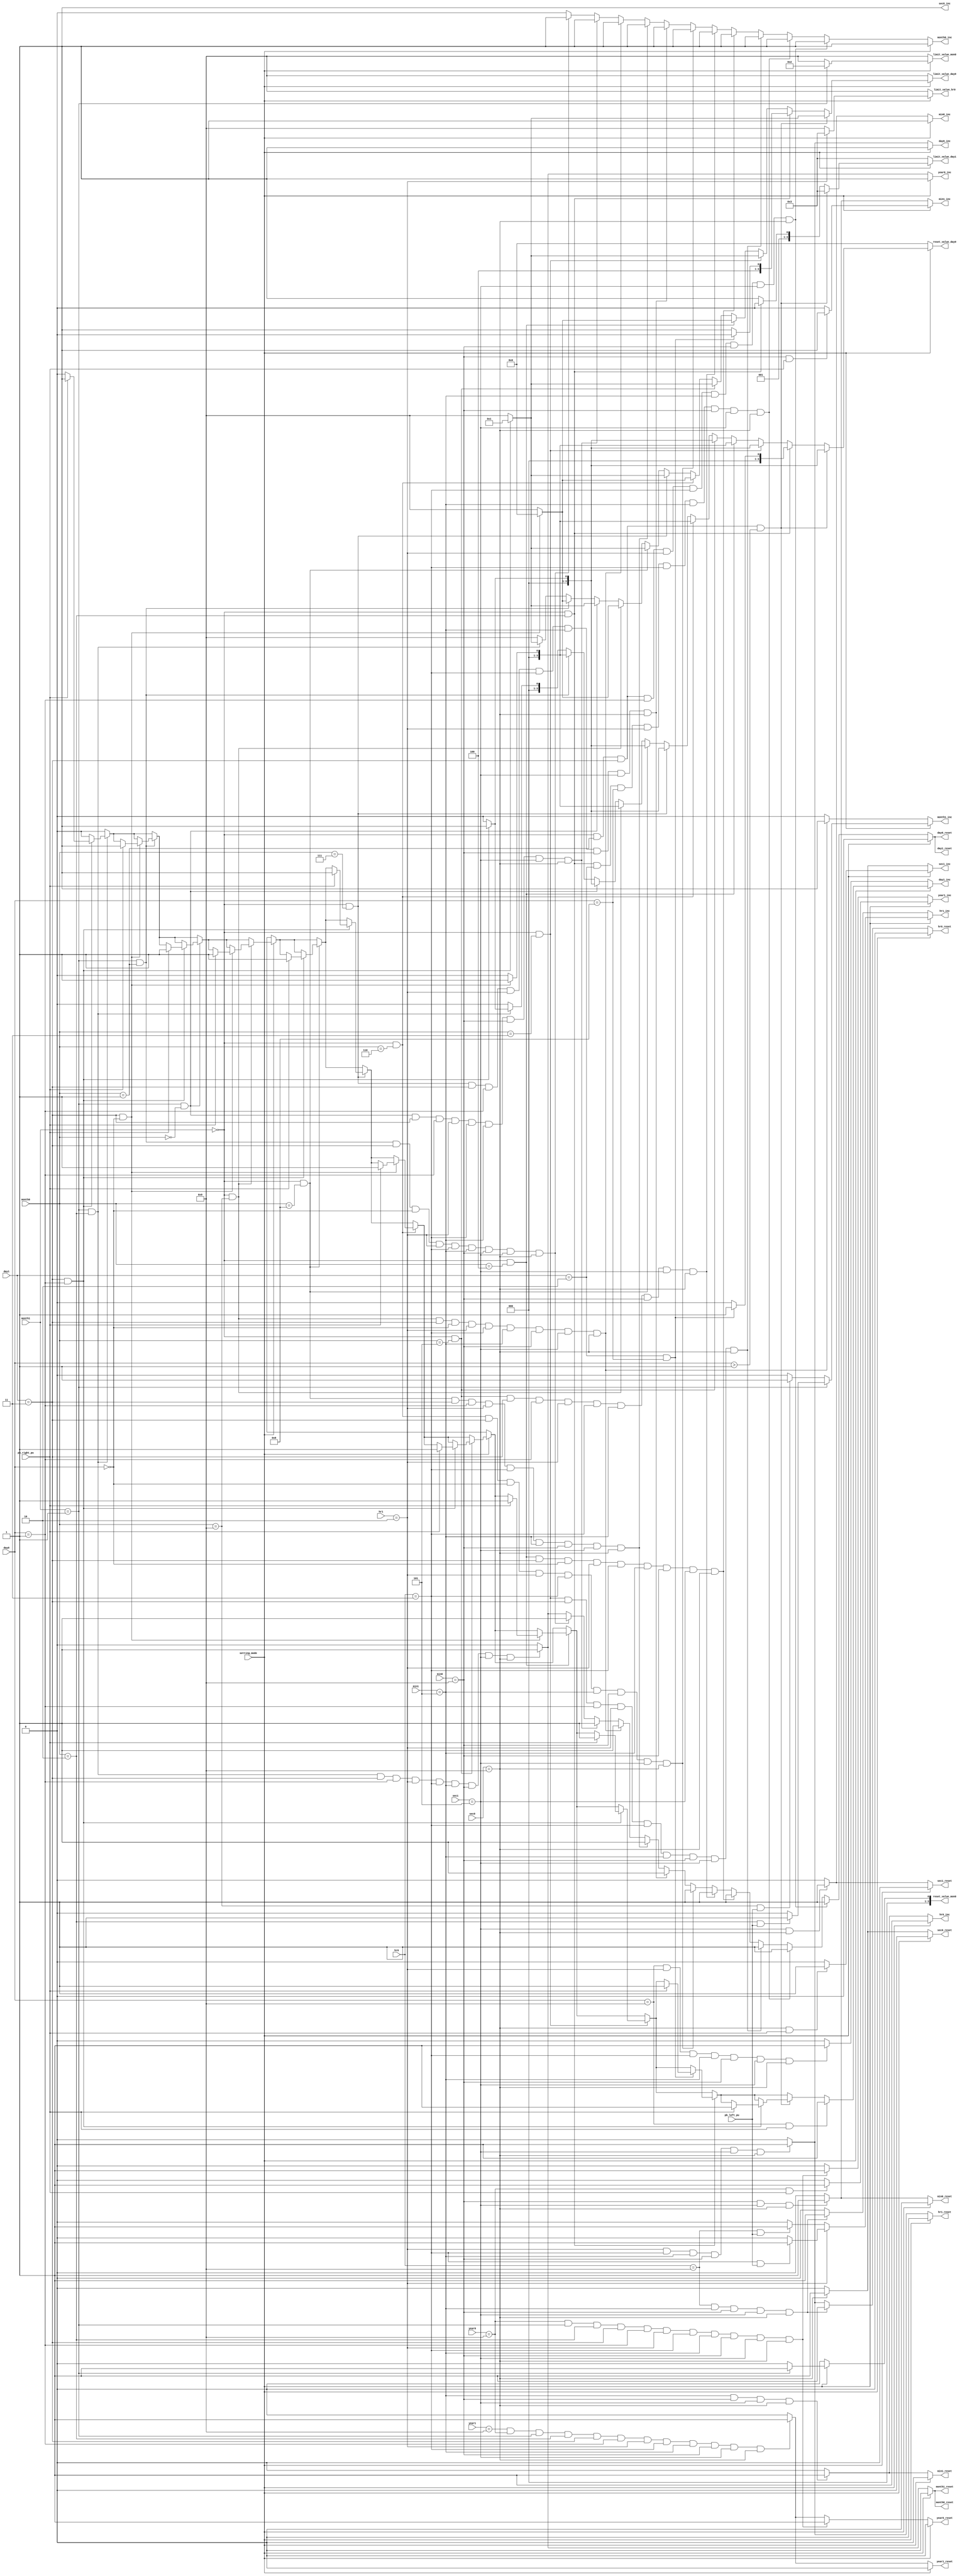
module top_detector_for_electronic_clock(
    input setting_mode,
    input pb_left_pu,
    input pb_right_pu,
    input [3:0] year1,
    input [3:0] year0,
    input [3:0] month1,
    input [3:0] month0,
    input [3:0] day1,
    input [3:0] day0,
    input [3:0] hr1,
    input [3:0] hr0,
    input [3:0] min1,
    input [3:0] min0,
    input [3:0] sec1,
    input [3:0] sec0,
    output reg year1_inc,
    output reg year0_inc,
    output reg month1_inc,
    output reg month0_inc,
    output reg day1_inc,
    output reg day0_inc,
    output reg hr1_inc,
    output reg hr0_inc,
    output reg min1_inc,
    output reg min0_inc,
    output reg sec1_inc,
    output reg sec0_inc,
    output reg year1_reset,
    output reg year0_reset,
    output reg month1_reset,
    output reg month0_reset,
    output reg day1_reset,
    output reg day0_reset,
    output reg hr1_reset,
    output reg hr0_reset,
    output reg min1_reset,
    output reg min0_reset,    
    output reg sec1_reset,
    output reg sec0_reset,
    output reg [3:0] limit_value_hr0, 
    output reg [3:0] limit_value_day0,
    output reg [3:0] reset_value_mon0, 
    output reg [3:0] reset_value_day0, 
    output reg [3:0] limit_value_day1, 
    output reg [3:0] limit_value_mon0 
    );
    
    always @* begin
        if (setting_mode == 1'b0) begin
            year1_inc = 1'b0;
            year0_inc = 1'b0;
            month1_inc = 1'b0;
            month0_inc = 1'b0;
            day1_inc = 1'b0;
            day0_inc = 1'b0;
            hr1_inc = 1'b0;
            hr0_inc = 1'b0;
            min1_inc = 1'b0;
            min0_inc = 1'b0;
            sec1_inc = 1'b0;
            sec0_inc = 1'b0;
            year1_reset = 1'b0;
            year0_reset = 1'b0;
            month1_reset = 1'b0;
            month0_reset = 1'b0;
            day1_reset = 1'b0;
            day0_reset = 1'b0;
            hr1_reset = 1'b0;
            hr0_reset = 1'b0;
            min1_reset = 1'b0;
            min0_reset = 1'b0;
            sec1_reset = 1'b0;
            sec0_reset = 1'b0;
            limit_value_hr0 = 4'd9;
            limit_value_day0 = 4'd9;
            reset_value_mon0 = 4'd0;
            reset_value_day0 = 4'd0;
            limit_value_day1 = 4'd3;
            limit_value_mon0 = 4'd9;
            
            if (year1 == 4'd9 && year0 == 4'd9 && month1 == 4'd1 && month0 == 4'd2 && day1== 4'd3 && day0 == 4'd1 && hr1 == 4'd2 && hr0 == 4'd3 && min1 == 4'd5 && min0 == 4'd9 && sec1 == 4'd5 && sec0 == 4'd9) begin
                year0_reset = 1'b1;
                year1_reset = 1'b1;
            end
            if (year0 == 4'd9 && month1 == 4'd1 && month0 == 4'd2 && day1== 4'd3 && day0 == 4'd1 && hr1 == 4'd2 && hr0 == 4'd3 && min1 == 4'd5 && min0 == 4'd9 && sec1 == 4'd5 && sec0 == 4'd9) begin
                year1_inc = 1'b1;
                year0_reset = 1'b1;
            end
            if (month1 == 4'd1 && month0 == 4'd2 && day1== 4'd3 && day0 == 4'd1 && hr1 == 4'd2 && hr0 == 4'd3 && min1 == 4'd5 && min0 == 4'd9 && sec1 == 4'd5 && sec0 == 4'd9) begin 
                year0_inc = 1'b1;   
                month0_reset = 1'b1; // reset to 1
                month1_reset = 1'b1;
                day1_reset  = 1'b1;
                day0_reset  = 1'b1;
            end 
            if (month1 == 4'd1 && month0 == 4'd1 && day1== 4'd3 && day0 == 4'd0 && hr1 == 4'd2 && hr0 == 4'd3 && min1 == 4'd5 && min0 == 4'd9 && sec1 == 4'd5 && sec0 == 4'd9) begin
                month0_inc = 1'b1;
                day1_reset  = 1'b1;
                day0_reset  = 1'b1;
            end
            if (month1 == 4'd1 && month0 == 4'd0 && day1== 4'd3 && day0 == 4'd1 && hr1 == 4'd2 && hr0 == 4'd3 && min1 == 4'd5 && min0 == 4'd9 && sec1 == 4'd5 && sec0 == 4'd9) begin
                month0_inc = 1'b1;
                day1_reset  = 1'b1;
                day0_reset  = 1'b1;
            end
            if (month1 == 4'd0 && month0 == 4'd9 && day1== 4'd3 && day0 == 4'd0 && hr1 == 4'd2 && hr0 == 4'd3 && min1 == 4'd5 && min0 == 4'd9 && sec1 == 4'd5 && sec0 == 4'd9) begin
                month0_inc = 1'b1;// inc to 0
                month1_inc = 1'b1;
                day1_reset  = 1'b1;
                day0_reset  = 1'b1;
            end
            if (month1 == 4'd0 && month0 == 4'd8 && day1== 4'd3 && day0 == 4'd1 && hr1 == 4'd2 && hr0 == 4'd3 && min1 == 4'd5 && min0 == 4'd9 && sec1 == 4'd5 && sec0 == 4'd9) begin
                month0_inc = 1'b1;
                day1_reset  = 1'b1;
                day0_reset  = 1'b1;
            end
            if (month1 == 4'd0 && month0 == 4'd7 && day1== 4'd3 && day0 == 4'd1 && hr1 == 4'd2 && hr0 == 4'd3 && min1 == 4'd5 && min0 == 4'd9 && sec1 == 4'd5 && sec0 == 4'd9) begin
                month0_inc = 1'b1;
                day1_reset  = 1'b1;
                day0_reset  = 1'b1;
            end
            if (month1 == 4'd0 && month0 == 4'd6 && day1== 4'd3 && day0 == 4'd0 && hr1 == 4'd2 && hr0 == 4'd3 && min1 == 4'd5 && min0 == 4'd9 && sec1 == 4'd5 && sec0 == 4'd9) begin
                month0_inc = 1'b1;
                day1_reset  = 1'b1;
                day0_reset  = 1'b1;
            end
            if (month1 == 4'd0 && month0 == 4'd5 && day1== 4'd3 && day0 == 4'd1 && hr1 == 4'd2 && hr0 == 4'd3 && min1 == 4'd5 && min0 == 4'd9 && sec1 == 4'd5 && sec0 == 4'd9) begin
                month0_inc = 1'b1;
                day1_reset  = 1'b1;
                day0_reset  = 1'b1;
            end
            if (month1 == 4'd0 && month0 == 4'd4 && day1== 4'd3 && day0 == 4'd0 && hr1 == 4'd2 && hr0 == 4'd3 && min1 == 4'd5 && min0 == 4'd9 && sec1 == 4'd5 && sec0 == 4'd9) begin
                month0_inc = 1'b1;
                day1_reset  = 1'b1;
                day0_reset  = 1'b1;
            end
            if (month1 == 4'd0 && month0 == 4'd3 && day1== 4'd3 && day0 == 4'd1 && hr1 == 4'd2 && hr0 == 4'd3 && min1 == 4'd5 && min0 == 4'd9 && sec1 == 4'd5 && sec0 == 4'd9) begin
                month0_inc = 1'b1;
                day1_reset  = 1'b1;
                day0_reset  = 1'b1;
            end
            if (month1 == 4'd0 && month0 == 4'd2 && day1== 4'd2 && day0 == 4'd8 && hr1 == 4'd2 && hr0 == 4'd3 && min1 == 4'd5 && min0 == 4'd9 && sec1 == 4'd5 && sec0 == 4'd9) begin
                month0_inc = 1'b1;
                day1_reset  = 1'b1;
                day0_reset  = 1'b1;
            end
            if (month1 == 4'd0 && month0 == 4'd1 && day1== 4'd3 && day0 == 4'd1 && hr1 == 4'd2 && hr0 == 4'd3 && min1 == 4'd5 && min0 == 4'd9 && sec1 == 4'd5 && sec0 == 4'd9) begin
                month0_inc = 1'b1;
                day1_reset  = 1'b1;
                day0_reset  = 1'b1;
            end
            if (day0 == 4'd9 && hr1 == 4'd2 && hr0 == 4'd3 && min1 == 4'd5 && min0 == 4'd9 && sec1 == 4'd5 && sec0 == 4'd9) begin   
                day1_inc = 1'b1;
            end 
            if (hr1 == 4'd2 && hr0 == 4'd3 && min1 == 4'd5 && min0 == 4'd9 && sec1 == 4'd5 && sec0 == 4'd9) begin 
                day0_inc = 1'b1;
                hr1_reset = 1'b1;
                hr0_reset = 1'b1;
            end
            if (hr0 == 4'd9 && min1 == 4'd5 && min0 == 4'd9 && sec1 == 4'd5 && sec0 == 4'd9) begin 
                hr1_inc = 1'b1;
                hr0_reset = 1'b1;
            end 
            if (min1 == 4'd5 && min0 == 4'd9 && sec1 == 4'd5 && sec0 == 4'd9) begin
                hr0_inc = 1'b1;
                min1_reset = 1'b1;
            end
            if (min0 == 4'd9 && sec1 == 4'd5 && sec0 == 4'd9) begin 
                min1_inc = 1'b1;
                min0_reset = 1'b1;
            end
            if (sec1 == 4'd5 && sec0 == 4'd9) begin 
                min0_inc = 1'b1;
                sec1_reset = 1'b1;
            end 
            if (sec0 == 4'd9) begin 
                sec1_inc = 1'b1;
                sec0_reset = 1'b1;
            end
            sec0_inc = 1'b1;
        end    
        else begin
            year1_inc = 1'b0;
            year0_inc = 1'b1;
            month1_inc = 1'b0;
            month0_inc = 1'b1;
            day1_inc = 1'b0;
            day0_inc = 1'b1;
            hr1_inc = 1'b0;
            hr0_inc = 1'b1;
            min1_inc = 1'b0;
            min0_inc = 1'b1;
            sec1_inc = 1'b0;
            sec0_inc = 1'b1;
            year1_reset = 1'b0;
            year0_reset = 1'b0;
            month1_reset = 1'b0;
            month0_reset = 1'b0;
            day1_reset = 1'b0;
            day0_reset = 1'b0;
            hr1_reset = 1'b0;
            hr0_reset = 1'b0;
            min1_reset = 1'b0;
            min0_reset = 1'b0;
            sec1_reset = 1'b0;
            sec0_reset = 1'b0;
            limit_value_hr0 = 4'd9;
            limit_value_day0 = 4'd9;
            reset_value_mon0 = 4'd0;
            reset_value_day0 = 4'd0;
            limit_value_day1 = 4'd3;
            limit_value_mon0 = 4'd9;
            ////
            if (year0 == 4'd9 && pb_right_pu) begin
                year1_inc = 1'b1;
            end
            ////
            if (month1 == 4'd1) begin
                limit_value_mon0 = 4'd2;
                if (month0 == 4'd2 && pb_left_pu) month1_inc = 1'b1;
                reset_value_mon0 = 4'd1;
            end
            else begin
                limit_value_mon0 = 4'd9;    
                if (month0 == 4'd9 && pb_left_pu) month1_inc = 1'b1;
                reset_value_mon0 = 4'd0;
            end
            ////
            if (month1 == 4'd1 && month0 == 4'd2) begin 
                limit_value_day1 = 4'd3;
                if (day1 == 4'd3 && day0 == 4'd1) begin
                    limit_value_day0 = 4'd1;
                    reset_value_day0 = 4'd1;
                    if (pb_right_pu) day1_inc = 1'b1;
                end 
                else begin
                    limit_value_day0 = 4'd9;
                    reset_value_day0 = 4'd0;
                end
            end 
            if (month1 == 4'd1 && month0 == 4'd1) begin
                limit_value_day1 = 4'd3;
                if (day1 == 4'd3 && day0 == 4'd0) begin
                    limit_value_day0 = 4'd0;
                    reset_value_day0 = 4'd1;
                    if (pb_right_pu) day1_inc = 1'b1;
                end 
                else begin
                    limit_value_day0 = 4'd9;
                    reset_value_day0 = 4'd0;
                end
            end
            if (month1 == 4'd1 && month0 == 4'd0) begin
                limit_value_day1 = 4'd3;
                if (day1 == 4'd3 && day0 == 4'd1) begin
                    limit_value_day0 = 4'd1;
                    reset_value_day0 = 4'd1;
                    if (pb_right_pu) day1_inc = 1'b1;
                end 
                else begin
                    limit_value_day0 = 4'd9;
                    reset_value_day0 = 4'd0;
                end
            end
            if (month1 == 4'd0 && month0 == 4'd9) begin
                limit_value_day1 = 4'd3;
                if (day1 == 4'd3 && day0 == 4'd0) begin
                    limit_value_day0 = 4'd0;
                    reset_value_day0 = 4'd1;
                    if (pb_right_pu) day1_inc = 1'b1;
                end 
                else begin
                    limit_value_day0 = 4'd9;
                    reset_value_day0 = 4'd0;
                end
            end
            if (month1 == 4'd0 && month0 == 4'd8) begin
                limit_value_day1 = 4'd3;
                if (day1 == 4'd3 && day0 == 4'd1) begin
                    limit_value_day0 = 4'd1;
                    reset_value_day0 = 4'd1;
                    if (pb_right_pu) day1_inc = 1'b1;
                end 
                else begin
                    limit_value_day0 = 4'd9;
                    reset_value_day0 = 4'd0;
                end
            end
            if (month1 == 4'd0 && month0 == 4'd7) begin
                limit_value_day1 = 4'd3;
                if (day1 == 4'd3 && day0 == 4'd1) begin
                    limit_value_day0 = 4'd1;
                    reset_value_day0 = 4'd1;
                    if (pb_right_pu) day1_inc = 1'b1;
                end 
                else begin
                    limit_value_day0 = 4'd9;
                    reset_value_day0 = 4'd0;
                end
            end
            if (month1 == 4'd0 && month0 == 4'd6) begin
                limit_value_day1 = 4'd3;
                if (day1 == 4'd3 && day0 == 4'd0) begin
                    limit_value_day0 = 4'd0;
                    reset_value_day0 = 4'd1;
                    if (pb_right_pu) day1_inc = 1'b1;
                end 
                else begin
                    limit_value_day0 = 4'd9;
                    reset_value_day0 = 4'd0;
                end
            end
            if (month1 == 4'd0 && month0 == 4'd5) begin
                limit_value_day1 = 4'd3;
                if (day1 == 4'd3 && day0 == 4'd1) begin
                    limit_value_day0 = 4'd1;
                    reset_value_day0 = 4'd1;
                    if (pb_right_pu) day1_inc = 1'b1;
                end 
                else begin
                    limit_value_day0 = 4'd9;
                    reset_value_day0 = 4'd0;
                end
            end
            if (month1 == 4'd0 && month0 == 4'd4) begin
                limit_value_day1 = 4'd3;
                if (day1 == 4'd3 && day0 == 4'd0) begin
                    limit_value_day0 = 4'd0;
                    reset_value_day0 = 4'd1;
                    if (pb_right_pu) day1_inc = 1'b1;
                end 
                else begin
                    limit_value_day0 = 4'd9;
                    reset_value_day0 = 4'd0;
                end
            end
            if (month1 == 4'd0 && month0 == 4'd3) begin
                limit_value_day1 = 4'd3;
                if (day1 == 4'd3 && day0 == 4'd1) begin
                    limit_value_day0 = 4'd1;
                    reset_value_day0 = 4'd1;
                    if (pb_right_pu) day1_inc = 1'b1;
                end 
                else begin
                    limit_value_day0 = 4'd9;
                    reset_value_day0 = 4'd0;
                end
            end
            if (month1 == 4'd0 && month0 == 4'd2) begin
                limit_value_day1 = 4'd2;
                if (day1 == 4'd2 && day0 == 4'd8) begin
                    limit_value_day0 = 4'd8;
                    reset_value_day0 = 4'd1;
                    if (pb_right_pu) day1_inc = 1'b1;
                end 
                else begin
                    limit_value_day0 = 4'd9;
                    reset_value_day0 = 4'd0;
                end
            end
            if (month1 == 4'd0 && month0 == 4'd1 && day1== 4'd3 && day0 > 4'd1) begin
                limit_value_day1 = 4'd3;
                if (day1 == 4'd3 && day0 == 4'd1) begin
                    limit_value_day0 = 4'd1;
                    reset_value_day0 = 4'd1;
                    if (pb_right_pu) day1_inc = 1'b1;
                end 
                else begin
                    limit_value_day0 = 4'd9;
                    reset_value_day0 = 4'd0;
                end
            end
            if (day0 == 4'd9 && pb_right_pu) day1_inc = 1'b1;
          
            ////
            if (hr1 == 4'd2) begin 
                limit_value_hr0 = 4'd3;
                if (hr0 == 4'd3 && pb_left_pu) hr1_inc = 1'b1;
            end
            else begin
                if (hr0 == 4'd9 && pb_left_pu) hr1_inc = 1'b1;
                limit_value_hr0 = 4'd9;
            end
            
            if (min0 == 4'd9 && pb_right_pu) min1_inc = 1'b1;
            
            if (sec0 == 4'd9 && pb_right_pu) sec1_inc = 1'b1;
        end 
    end 
endmodule